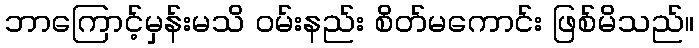
ဘာကြောင့်မှန်းမသိ ဝမ်းနည်း စိတ်မကောင်း ဖြစ်မိသည်။